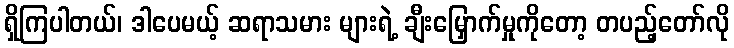
ရှိကြပါတယ်၊ ဒါပေမယ့် ဆရာသမား များရဲ့ ချီးမြှောက်မှုကိုတော့ တပည့်တော်လို